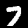
Label: 7